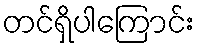
တင်ရှိပါကြောင်း